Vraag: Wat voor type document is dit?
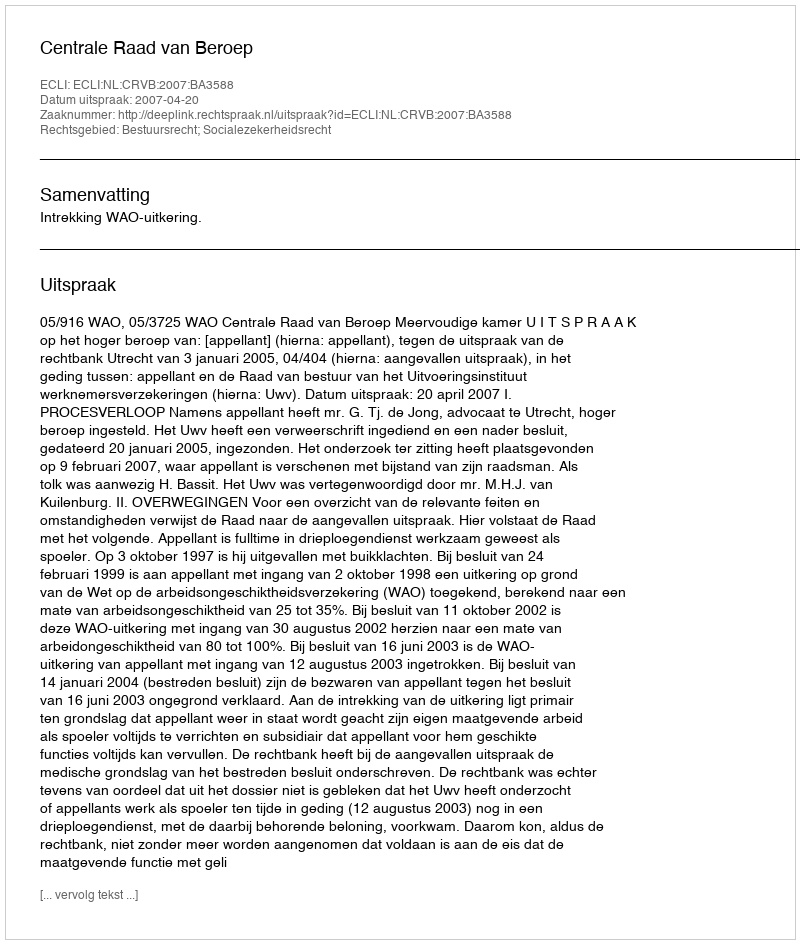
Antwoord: Uitspraak